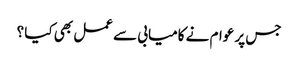
جس پر عوام نے کامیابی سے عمل بھی کیا ؟